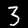
Label: 3